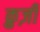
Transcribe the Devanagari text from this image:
क्रुज़ी